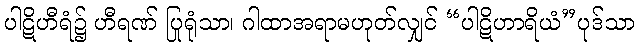
ပါဋိဟီရံ၌ ဟီရဏ် ပြုရုံသာ၊ ဂါထာအရာမဟုတ်လျှင် “ပါဋိဟာရိယံ”ပုဒ်သာ